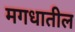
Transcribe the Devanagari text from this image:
मगधातील